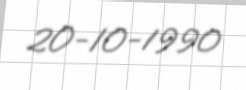
20-10-1990